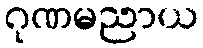
ဂုဏမညာယ